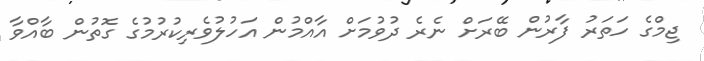
ޖިމްގެ ހަތަރު ފާރުން ބޭރަށް ނެރެ ދުވުމަށް އާއްމުން އަހުލުވެރިކުރުމުގެ ގޮތުން ބާއްވާ